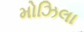
મોઝિલા